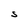
Character: S